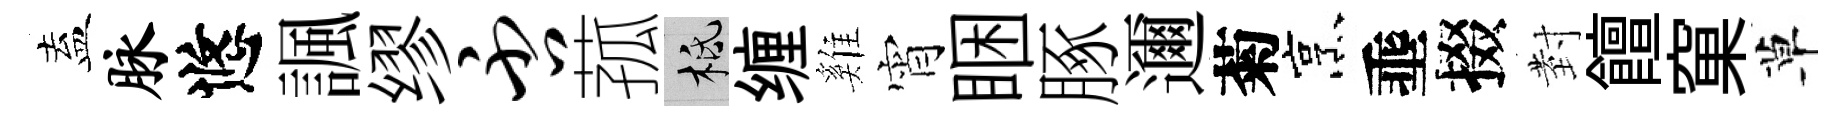
盍脉悠諷缪否菰柢缠雞宵睏䐁邇菊烹埀掇𭔹饘窠草